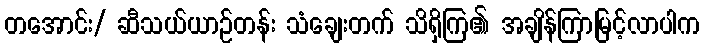
တအောင်း/ ဆီသယ်ယာဉ်တန်း သံချေးတက် သိရှိကြ၏ အချိန်ကြာမြင့်လာပါက